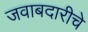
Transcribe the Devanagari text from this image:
जवाबदारीचे